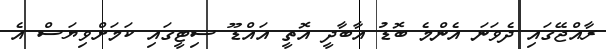
ރާއްޖޭގައި ދެވަނަ އެންމެ ބޮޑު އާބާދީ އޮތީ އައްޑޫ ސިޓީގައި ކަމަށްވިޔަސް އެ